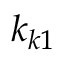
k _ { k 1 }